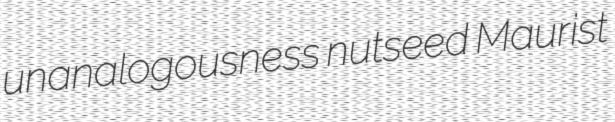
unanalogousness nutseed Maurist